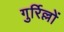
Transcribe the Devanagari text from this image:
गुर्रिल्लों